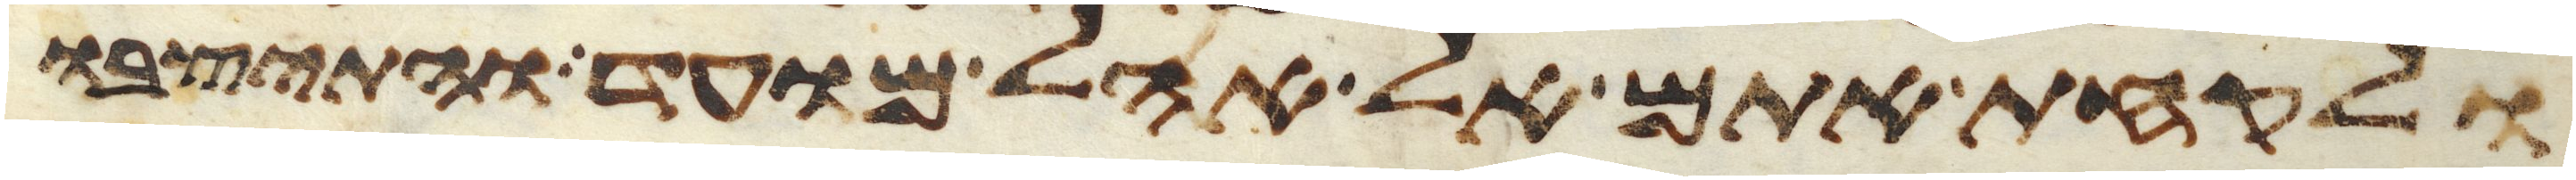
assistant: ולקחת אתם אל אהל מועד והתיצבו